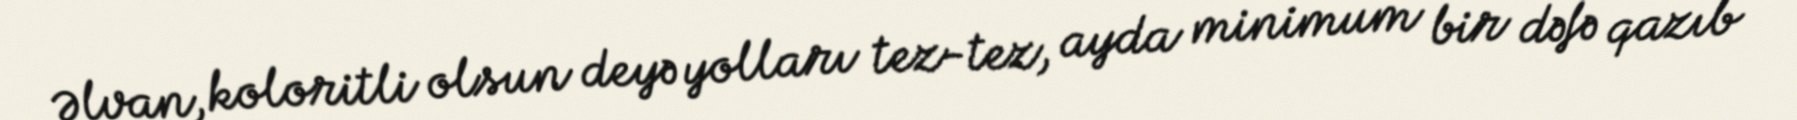
Əlvan, koloritli olsun deyə yolları tez-tez, ayda minimum bir dəfə qazıb